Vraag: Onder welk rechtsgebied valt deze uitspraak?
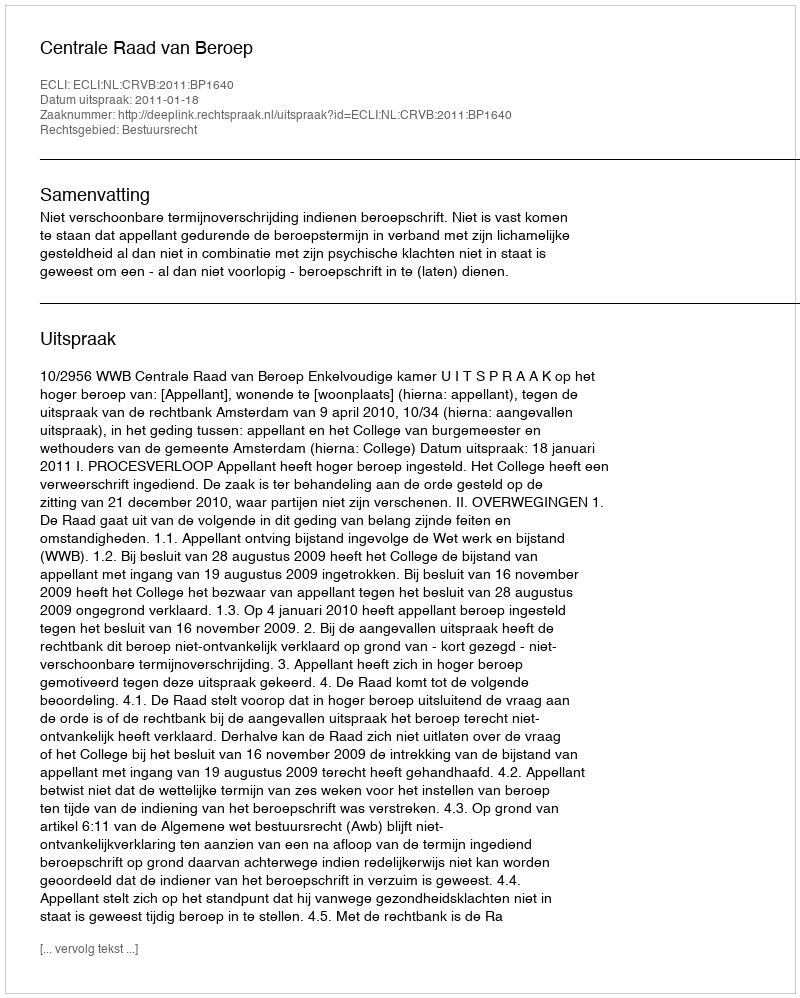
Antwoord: Bestuursrecht